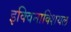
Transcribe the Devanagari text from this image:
इक्विनाक्शियल